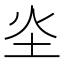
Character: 𪢾